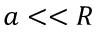
a < < R